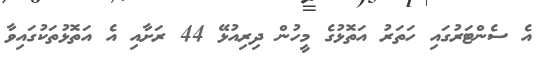
އެ ސެންޓަރުގައި ހަތަރު އަތޮޅުގެ މީހުން ދިރިއުޅޭ 44 ރަށާއި އެ އަތޮޅުތަކުގައިވާ